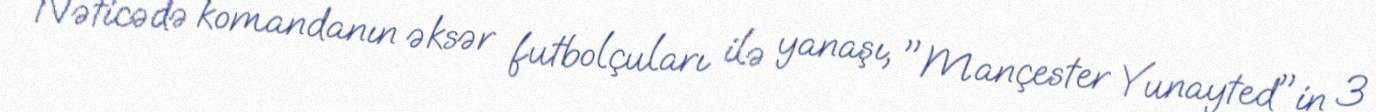
Nəticədə komandanın əksər futbolçuları ilə yanaşı, "Mançester Yunayted"in 3